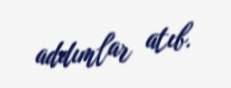
addımlar atıb.